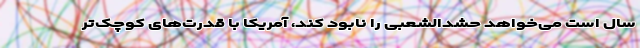
سال است می‌خواهد حشدالشعبی را نابود کند، آمریکا با قدرت‌های کوچک‌تر